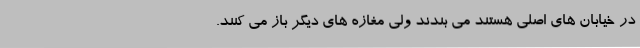
در خیابان های اصلی هستند می بندند ولی مغازه های دیگر باز می کنند.